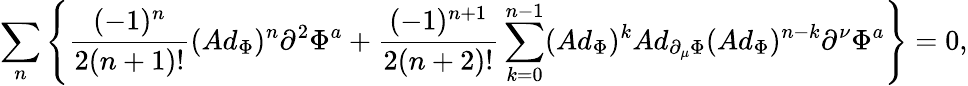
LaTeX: \sum_{n}\left\{ \frac{(-1)^{n}}{2(n+1)!}(Ad_{\Phi})^{n}\partial^{2}\Phi^{a}+\frac{(-1)^{n+1}}{2(n+2)!}\sum_{k=0}^{n-1}(Ad_{\Phi})^{k}Ad_{\partial_{\mu}\Phi}(Ad_{\Phi})^{n-k}\partial^{\nu}\Phi^{a}\right\} =0,